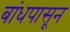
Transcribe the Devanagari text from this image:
बांधपासून